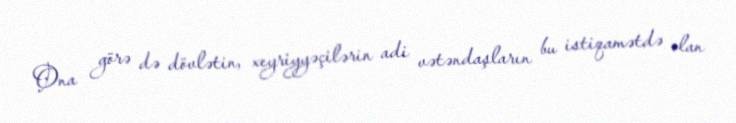
Ona görə də dövlətin, xeyriyyəçilərin adi vətəndaşların bu istiqamətdə olan